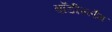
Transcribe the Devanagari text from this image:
बॉडीस्लैम